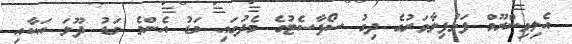
އެލިވިންރޫމް ފަޅުފިލާވަރުގެ ދިގު ސޯފާސެޓުގެ މެދުގައި މަޑު އެންމެ މަޑު ދޫލަ އަކާއި